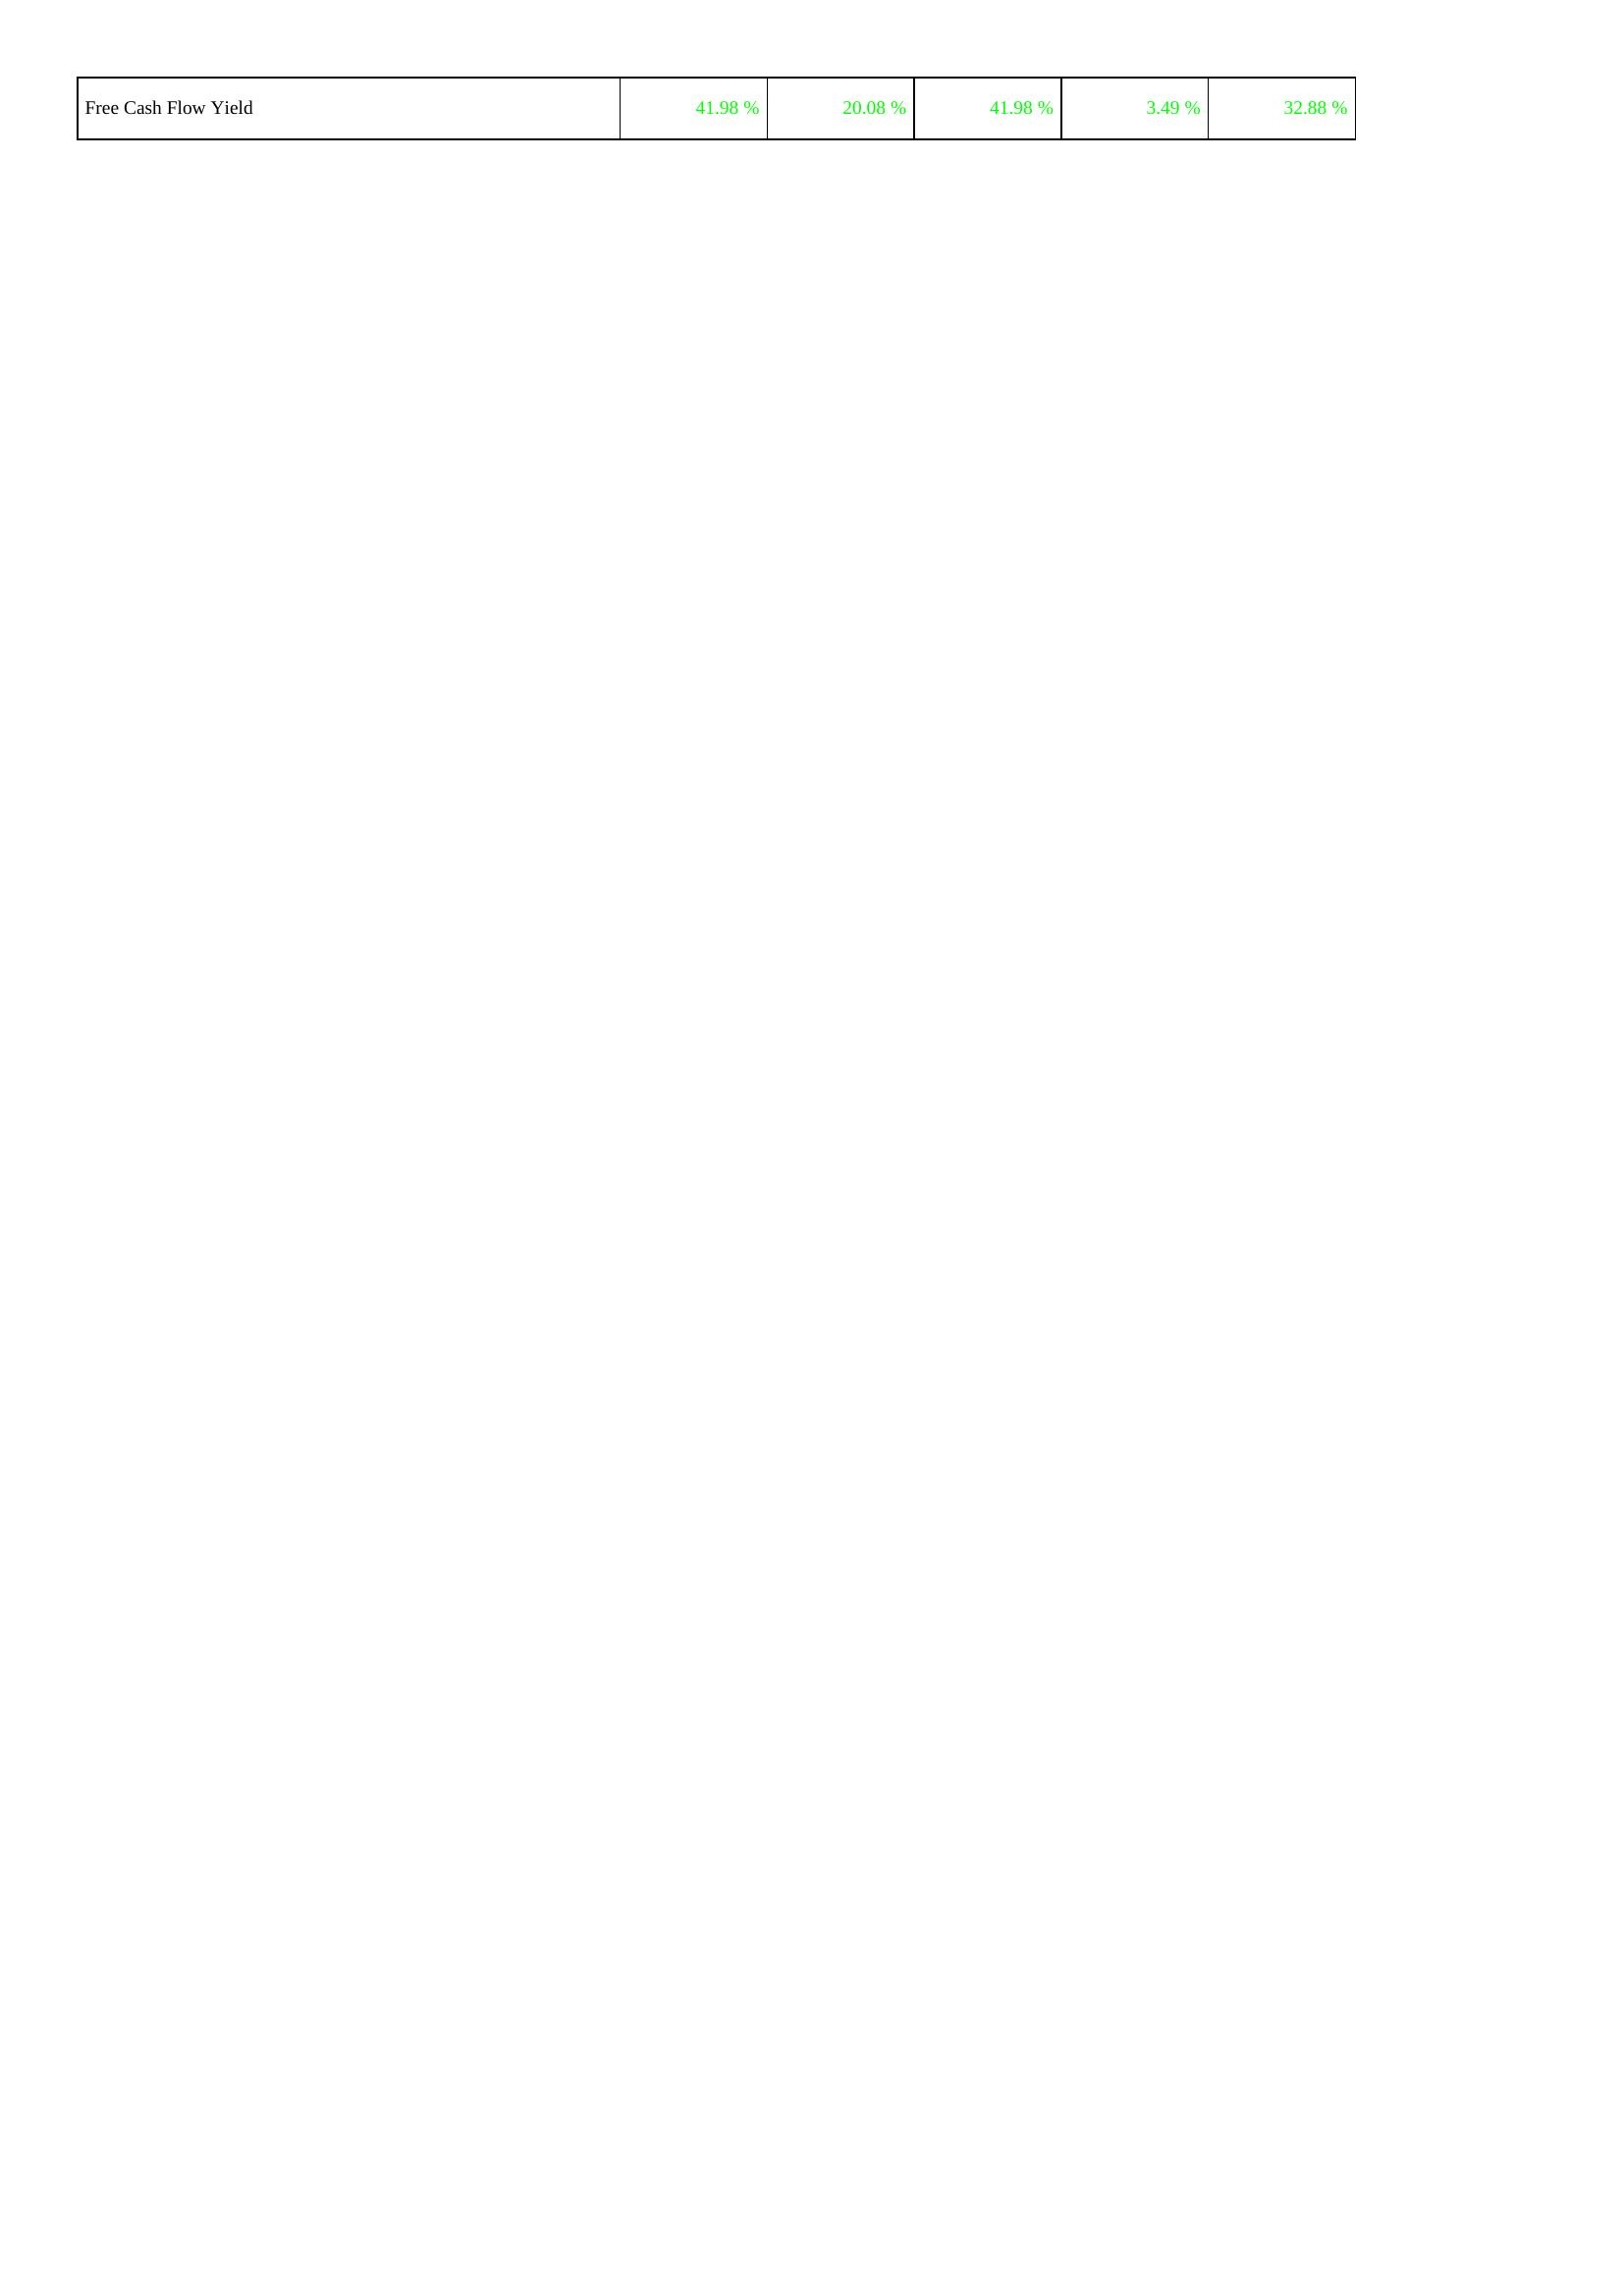
2016: Financing Activities: Free Cash Flow Yield: 41.98 %
2017: Financing Activities: Free Cash Flow Yield: 20.08 %
2018: Financing Activities: Free Cash Flow Yield: 41.98 %
2019: Financing Activities: Free Cash Flow Yield: 3.49 %
2020: Financing Activities: Free Cash Flow Yield: 32.88 %